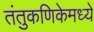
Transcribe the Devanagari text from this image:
तंतुकणिकेमध्ये